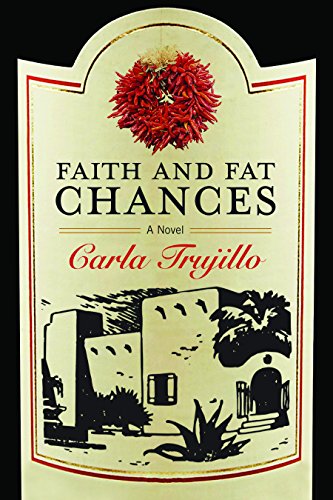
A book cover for Faith and Fat Chances: A Novel; Carla Trujillo; Literature & Fiction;